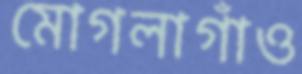
মোগলাগাঁও